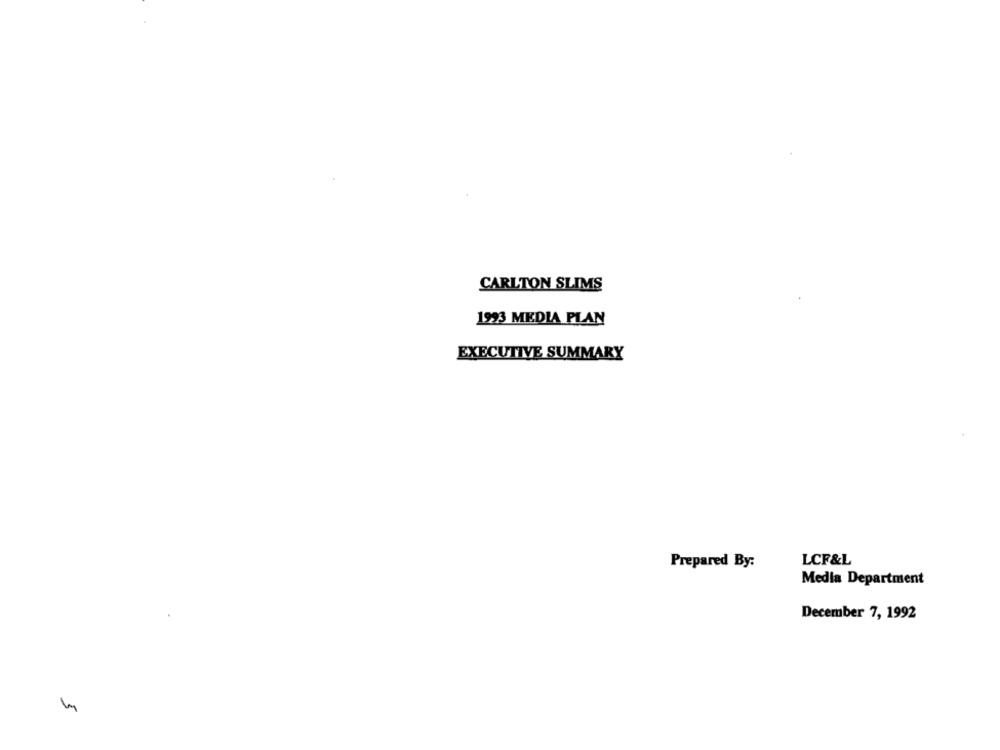
CARLTON SLIMS
1923 MEDIA PLAN
EXECUTIVE SUMMARY
LCF&L
Prepared By:
Media Department
December 7, 1992